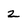
Character: 2